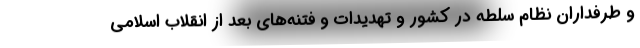
و طرفداران نظام سلطه در کشور و تهدیدات و فتنه‌های بعد از انقلاب اسلامی